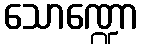
သောဏ္ဍော